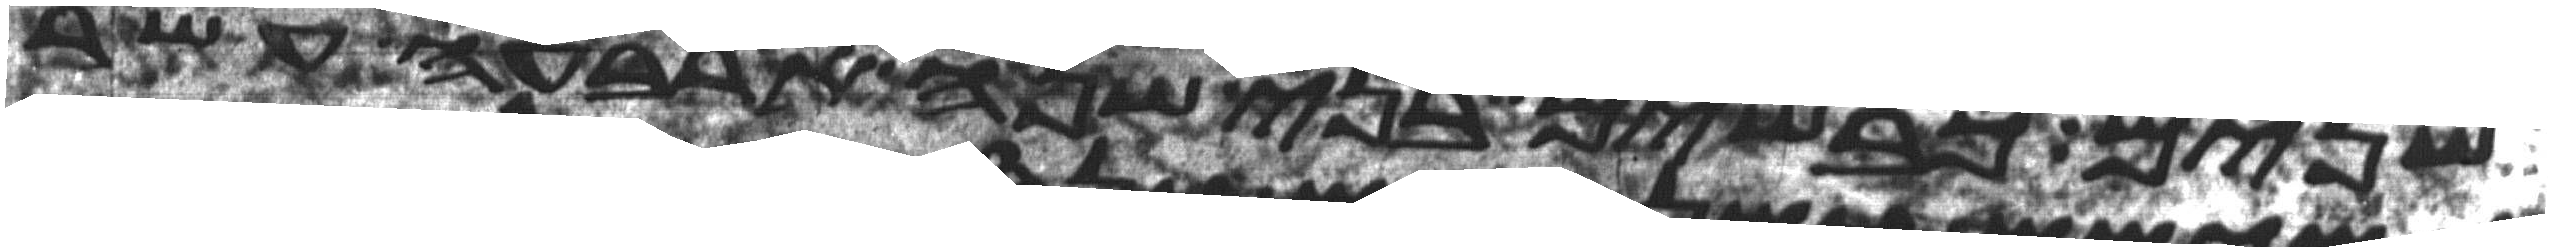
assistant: שנים כבשים בני שנה ארבעה עשר